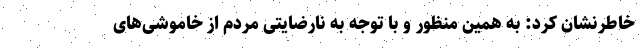
خاطرنشان کرد: به همین منظور و با توجه به نارضایتی مردم از خاموشی‌های